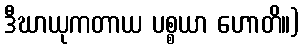
ဒီဃာယုကတာယ ပစ္စယာ ဟောတိ။)